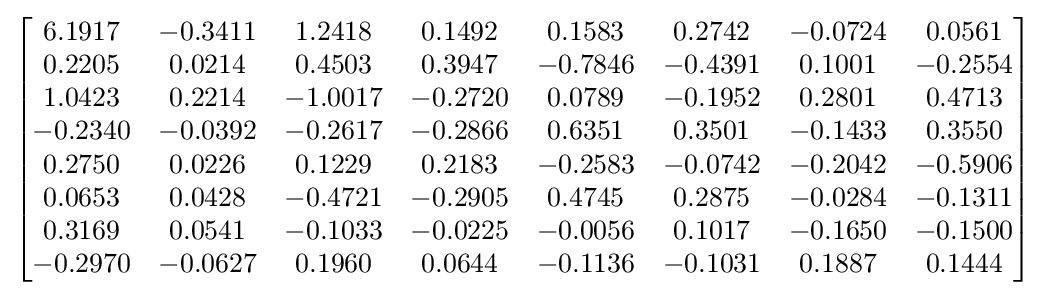
{\begin{bmatrix}6.1917&-0.3411&1.2418&0.1492&0.1583&0.2742&-0.0724&0.0561\\0.2205&0.0214&0.4503&0.3947&-0.7846&-0.4391&0.1001&-0.2554\\1.0423&0.2214&-1.0017&-0.2720&0.0789&-0.1952&0.2801&0.4713\\-0.2340&-0.0392&-0.2617&-0.2866&0.6351&0.3501&-0.1433&0.3550\\0.2750&0.0226&0.1229&0.2183&-0.2583&-0.0742&-0.2042&-0.5906\\0.0653&0.0428&-0.4721&-0.2905&0.4745&0.2875&-0.0284&-0.1311\\0.3169&0.0541&-0.1033&-0.0225&-0.0056&0.1017&-0.1650&-0.1500\\-0.2970&-0.0627&0.1960&0.0644&-0.1136&-0.1031&0.1887&0.1444\\\end{bmatrix}}